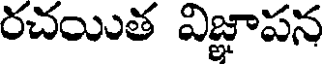
రచయిత విజ్ఞాపన